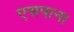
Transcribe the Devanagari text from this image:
एसपाना